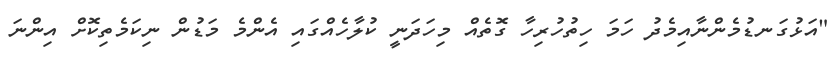
"އަޅުގަނޑުމެންނާއިމެދު ހަމަ ހިތުހުރިހާ ގޮތެއް މިހަދަނީ ކުލާހެއްގައި އެންމެ މަޑުން ނިކަމެތިކޮށް އިންނަ